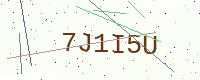
Text: 7J1I5U